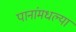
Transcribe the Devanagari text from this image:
पानांमधल्या